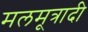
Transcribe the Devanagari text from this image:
मलमूत्रादी